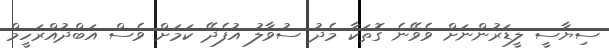
ސިޔާސީ ލީޑަރުންނަށް ވެވޭނެ ގޮތަކާ މެދު ސުވާލު އުފެދޭ ކަމަށް ވެސް އަބްދުއްރަހީމް